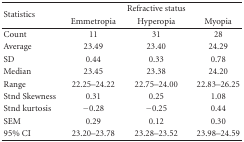
<table><thead><tr><td rowspan="2"><b>Statistics</b></td><td colspan="3"><b>Refractive status</b></td></tr><tr><td><b>Emmetropia</b></td><td><b>Hyperopia</b></td><td><b> Myopia</b></td></tr></thead><tbody><tr><td>Count</td><td>11</td><td>31</td><td>28</td></tr><tr><td>Average</td><td>23.49</td><td>23.40</td><td>24.29</td></tr><tr><td>SD</td><td>0.44</td><td>0.33</td><td>0.78</td></tr><tr><td>Median</td><td>23.45</td><td>23.38</td><td> 24.20</td></tr><tr><td>Range</td><td>22.25–24.22</td><td>22.75–24.00</td><td>22.83–26.25</td></tr><tr><td>Stnd Skewness</td><td>0.31</td><td>0.25</td><td>1.08</td></tr><tr><td>Stnd kurtosis</td><td>−0.28</td><td>−0.25</td><td>0.44</td></tr><tr><td>SEM</td><td>0.29</td><td>0.12</td><td>0.30</td></tr><tr><td>95% CI</td><td>23.20–23.78</td><td>23.28–23.52</td><td>23.98–24.59</td></tr></tbody></table>